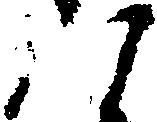
八